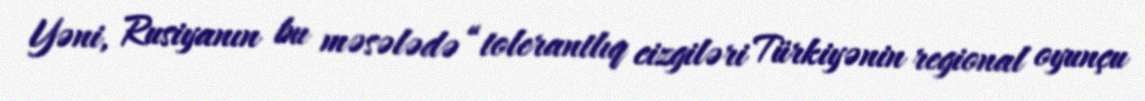
Yəni, Rusiyanın bu məsələdə “tolerantlıq cizgiləri Türkiyənin regional oyunçu